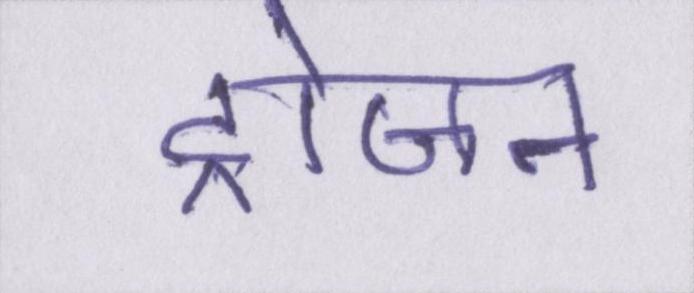
ट्रोजन